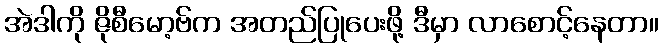
အဲဒါကို ဇိုစီမော့ဗ်က အတည်ပြုပေးဖို့ ဒီမှာ လာစောင့်နေတာ။